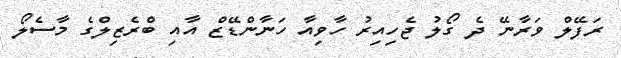
ރަފޭލް ވަރާނޭ ދެ ގޯލު ޖެހިއިރު ހާވިއާ ހަނާންޑޭޒް އާއި ބްރެޒިލްގެ މާސެލޯ